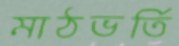
মাঠভর্তি